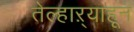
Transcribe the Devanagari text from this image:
तेल्हाऱ्याहून